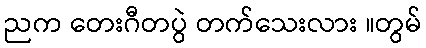
ညက တေးဂီတပွဲ တက်သေးလား ။တွမ်